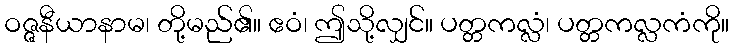
ဝဇ္ဇနီယာနာမ၊ တို့မည်၏။ ဧဝံ၊ ဤသို့လျှင်။ ပတ္တကလ္လံ၊ ပတ္တကလ္လကံကို။